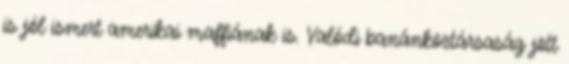
is jól ismert amerikai maffiának is. Valódi banánköztársaság jött